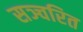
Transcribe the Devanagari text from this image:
सञ्चरित